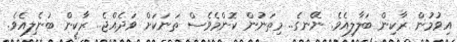
އިވުމުން ރާކިން ބަލާލިއެވެ. ނޭނގެ.. މިތަނުން ކޮންމެވެސް ތަނަކަށް ވަދެއްޖެ.. ރާކިން ބުނެލިއެވެ.